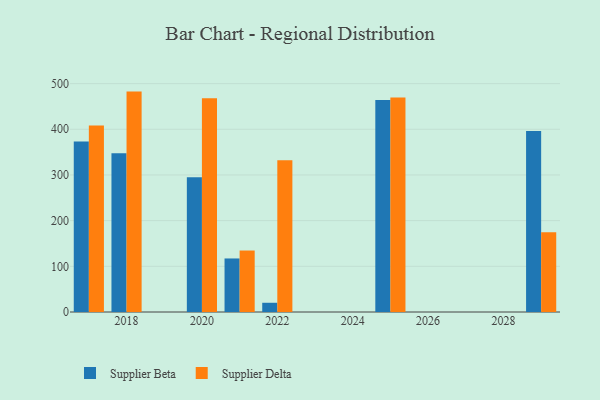
{"axis": {"x": "Year", "y": "Waste Production (Tons)"}, "legend": ["Supplier Beta", "Supplier Delta"], "data": [{"x": "2025", "y": 464.1, "type": "Supplier Beta"}, {"x": "2025", "y": 469.7, "type": "Supplier Delta"}, {"x": "2029", "y": 396.5, "type": "Supplier Beta"}, {"x": "2029", "y": 174.6, "type": "Supplier Delta"}, {"x": "2022", "y": 20.2, "type": "Supplier Beta"}, {"x": "2022", "y": 332.1, "type": "Supplier Delta"}, {"x": "2018", "y": 347.5, "type": "Supplier Beta"}, {"x": "2018", "y": 482.5, "type": "Supplier Delta"}, {"x": "2020", "y": 294.8, "type": "Supplier Beta"}, {"x": "2020", "y": 468.1, "type": "Supplier Delta"}, {"x": "2021", "y": 117.2, "type": "Supplier Beta"}, {"x": "2021", "y": 134.6, "type": "Supplier Delta"}, {"x": "2017", "y": 373.0, "type": "Supplier Beta"}, {"x": "2017", "y": 408.2, "type": "Supplier Delta"}]}